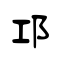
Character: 邛